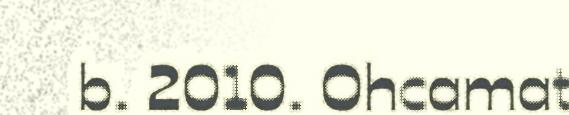
b. 2010. Ohcamat